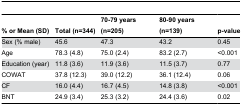
<table><thead><tr><td><b>% or Mean (SD)</b></td><td><b>Total (n=344)</b></td><td><b>70-79 years (n=205)</b></td><td><b>80-90 years (n=139)</b></td><td><b>p-value</b></td></tr></thead><tbody><tr><td>Sex (% male)</td><td>45.6</td><td>47.3</td><td>43.2</td><td>0.45</td></tr><tr><td>Age</td><td>78.3 (4.8)</td><td>75.0 (2.4)</td><td>83.2 (2.7)</td><td>&lt;0.001</td></tr><tr><td>Education (year)</td><td>11.8 (3.6)</td><td>11.9 (3.6)</td><td>11.5 (3.7)</td><td>0.77</td></tr><tr><td>COWAT</td><td>37.8 (12.3)</td><td>39.0 (12.2)</td><td>36.1 (12.4)</td><td>0.06</td></tr><tr><td>CF</td><td>16.0 (4.4)</td><td>16.7 (4.5)</td><td>14.8 (3.8)</td><td>&lt;0.001</td></tr><tr><td>BNT</td><td>24.9 (3.4)</td><td>25.3 (3.2)</td><td>24.4 (3.6)</td><td>0.02</td></tr></tbody></table>